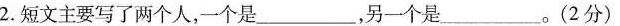
2.短文主要写了两个人，一个是__，另一个是_____。(2分)